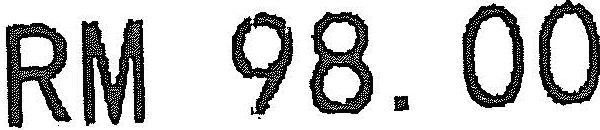
RM 98.00